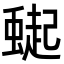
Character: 𮔸